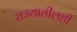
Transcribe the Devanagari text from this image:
राज्यातीलही